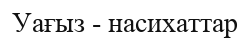
Уағыз - насихаттар